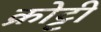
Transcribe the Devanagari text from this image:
क्रोट्टी